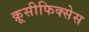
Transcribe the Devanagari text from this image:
क्रूसीफिक्‍सेस